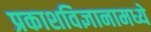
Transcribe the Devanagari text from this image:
प्रकाशविज्ञानामध्ये